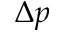
\Delta p